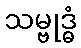
သမ္ဗုဒ္ဓံ